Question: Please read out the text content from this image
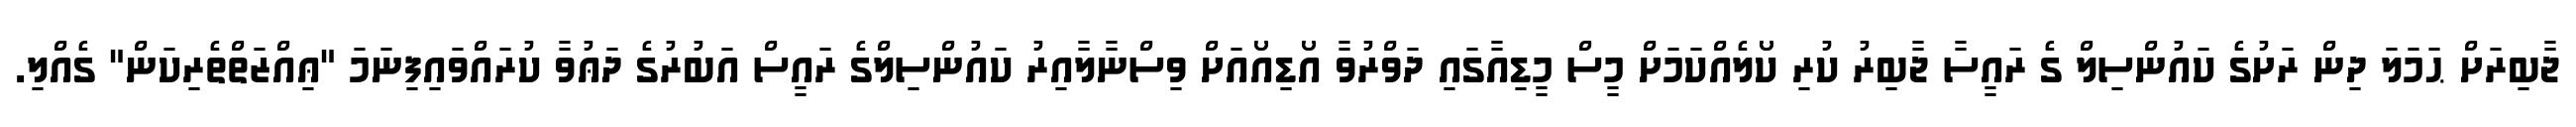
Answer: ޖާބިރަށް ޙަމަލަ ދިން ރަށުގެ ކައުންސިލް ގެ ރައީސާ ޖާބިރު ކުރި ކޯލެއްކަމަށް މީސް މީޑިއާގައި ދަވްރުވާ އޯޑިއޯއަށް ވިސްނާލާއިރު ކައުންސިލްގެ ރައީސް އަބުރުގެ ދަޢުވާ ކުރައްވައިފިނަމަ "ޢިއްޒަތްތެރިކަން" ގެއްލި.